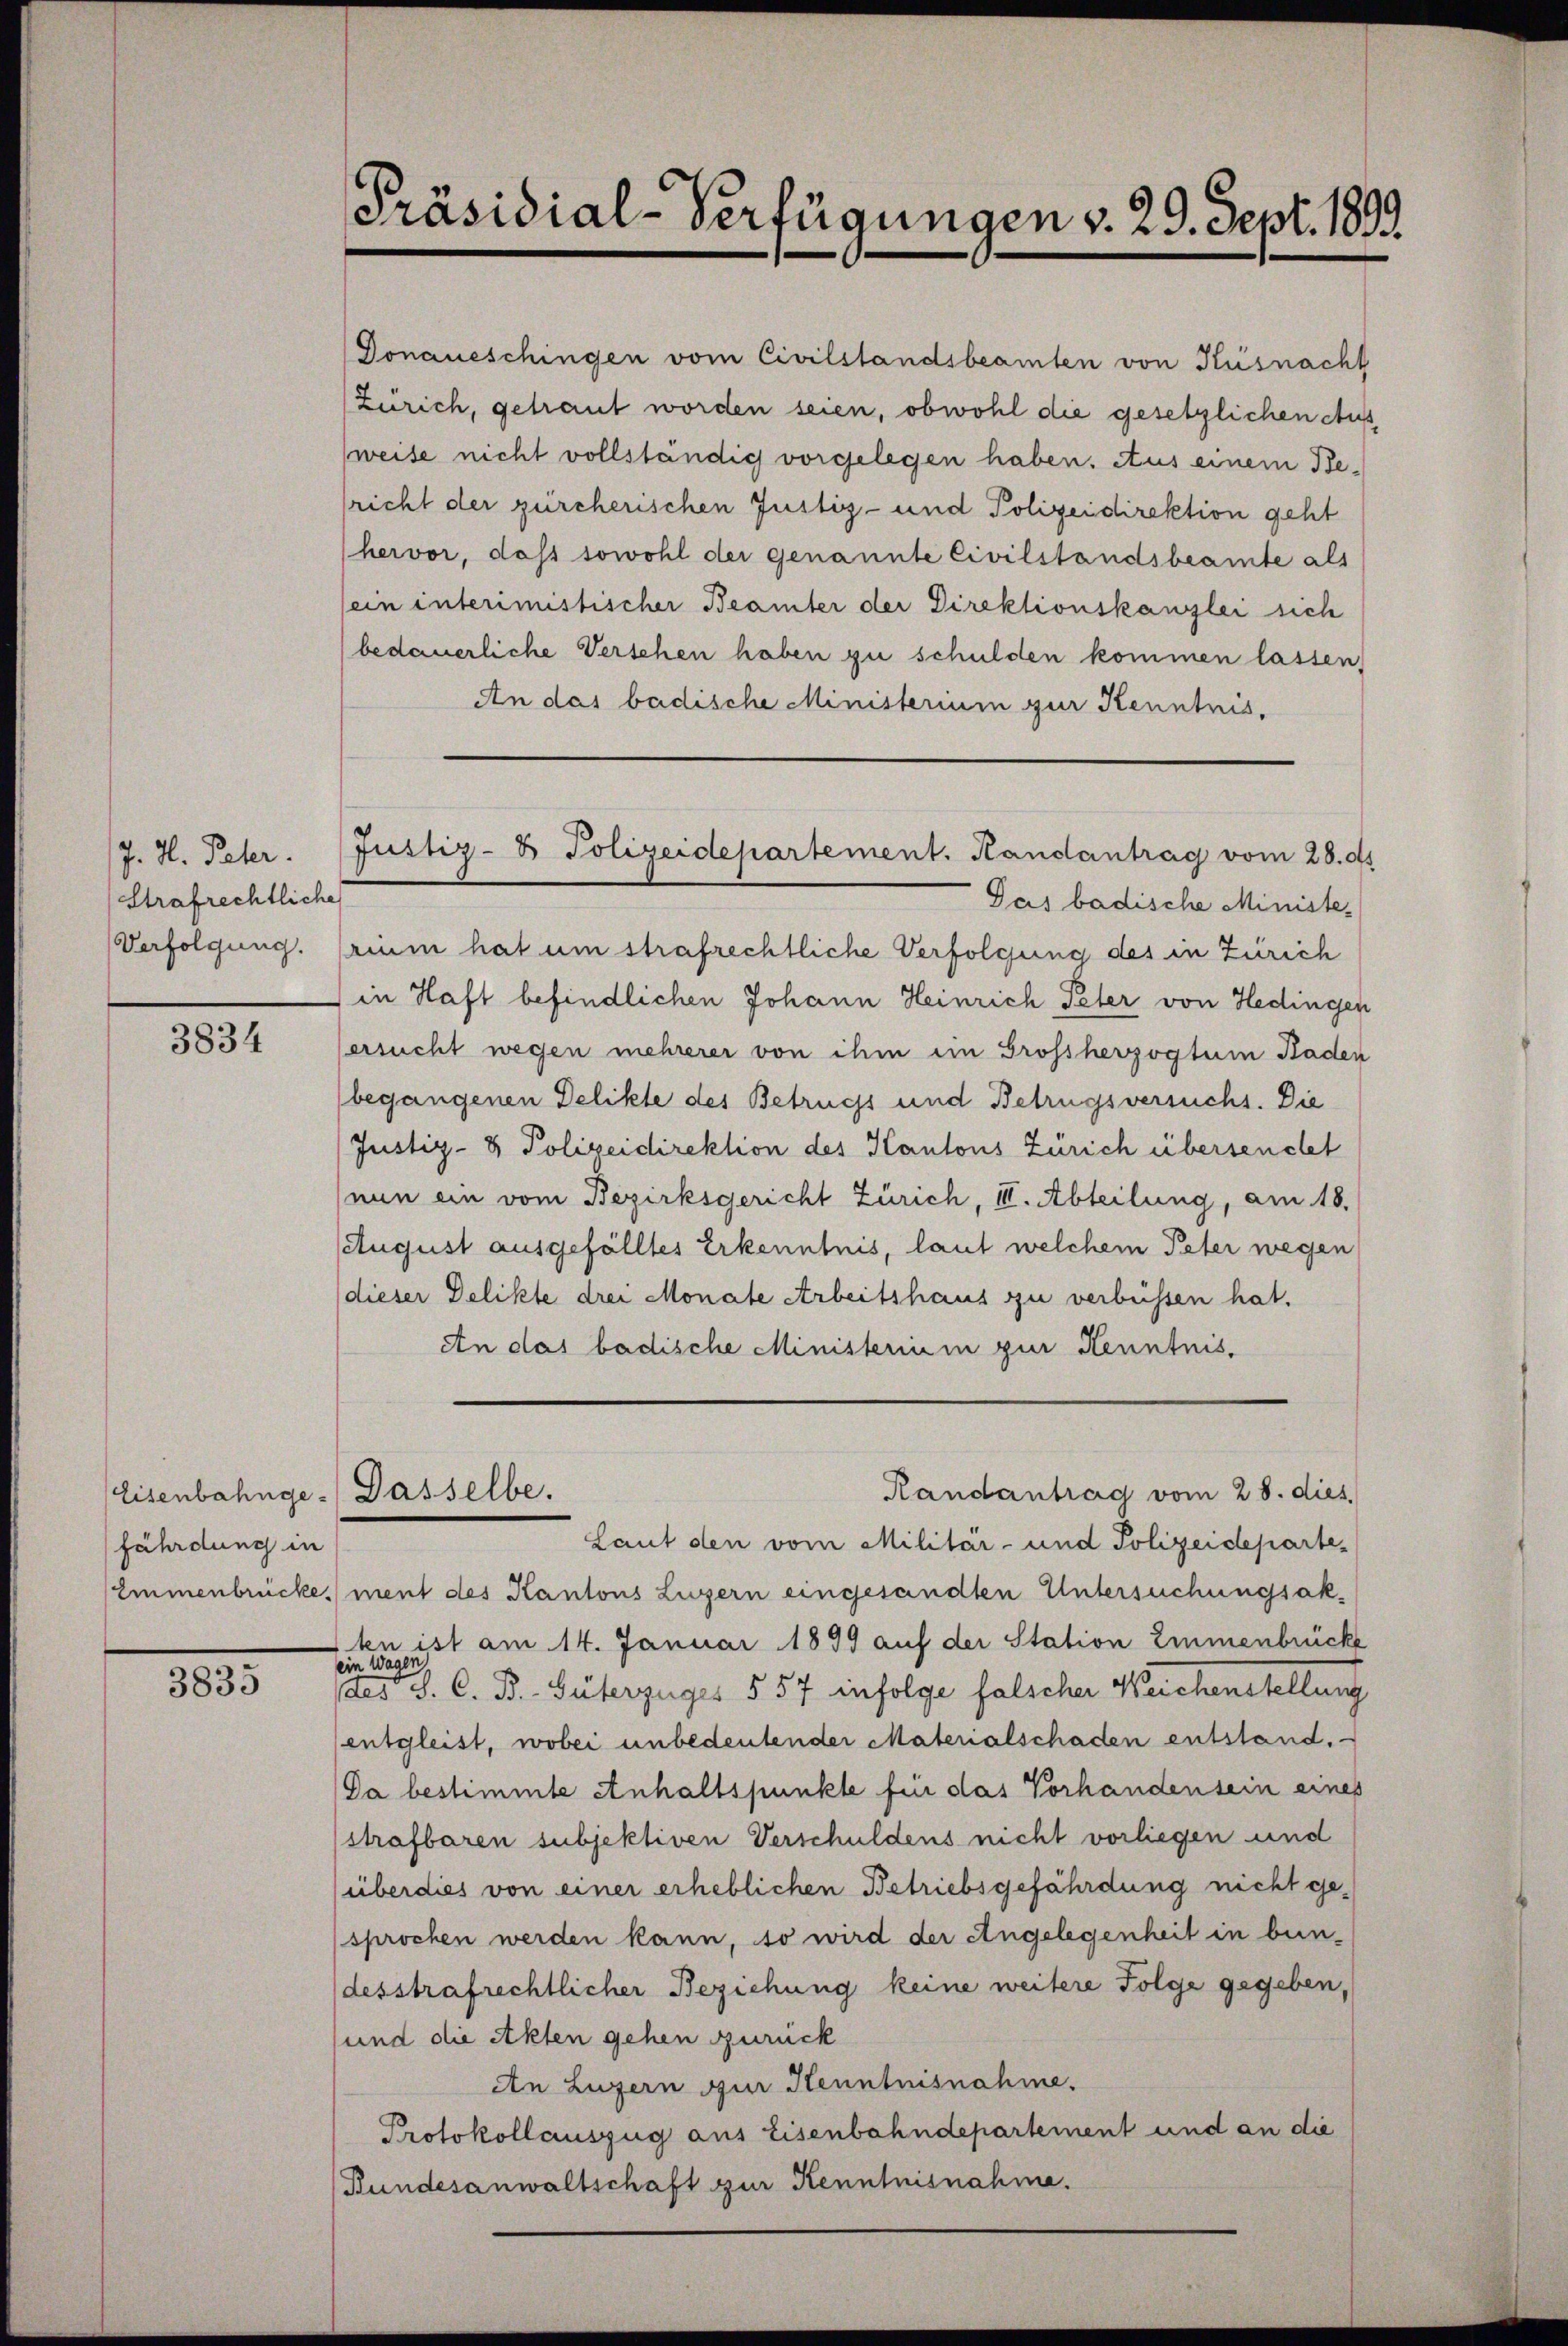
J. H. Pater.
Strafrechtliche
Verfolgung.

3834

fährdung in

3835

Präsidial-Verfügungen v. 29. Sept. 1899

Eisenbahnge- Dasselbe.

Donaueschingen vom Civilstandsbeamten von Küsnacht
Zürich, getraut worden seien, obwohl die gesetzlichen Ausweise nicht vollständig vorgelegen haben. Aus einem Be¬
(richt der zürcherischen Justiz- und Polizeidirektion geht
hervor, dass sowohl der genannte Civilstandsbeamte als
sein interimistischer Beamter der Direktionskanzlei sich
bedauerliche Versehen haben zu schulden kommen lassen,
An das badische Ministerium zur Kenntnis,
Das badische Ministerium hat um strafrechtliche Verfolgung des in Zürich
in Haft befindlichen Johann Heinrich Peter von Hedingen
ersucht wegen mehrerer von ihm im Grossherzogtum Baden
begangenen Delikte des Betrugs und Betrugsversucht. Die
Justiz- & Polizeidirektion des Kantons Zürich überseucht
(nun ein vom Bezirksgericht Zürich, III. Abteilung, am 18.
August ausgefälltes Erkenntnis, laut welchem Peter wegen
dieser Delikte drei Monate Arbeitshaus zu verbüssen hat.
An das badische Ministerium zur Kenntnis.

Justiz- & Polizeidepartement. Handantrag vom 28. ds

Laut den vom Militär- und Polizeideparte¬
Emmenbrücke ment des Kantons Luzern eingesandten Untersuchungsakten ist am 14. Januar 1899 auf der Station Emmenbrücke
ein Wagen)
des J. C. B. Güterzuges § 57 infolge falscher Weichenstellung
entgleist, wobei unbedeutender Materialschaden entstand.
Da bestimmte Anhaltspunkte für das Vorhanden sein eines
strafbaren subjektiven Verschuldens nicht vorliegen und
überdies von einer erheblichen Betriebsgefährdung nicht gesprochen werden kann, so wird der Angelegenheit in bun-
desstrafrechtlicher Beziehung keine weitere Folge gegeben,
und die Akten gehen zurück
An Luzern zur Henntnisnahme.
Protokollauszug aus Eisenbahndepartement und an die
Bundesanwaltschaft zur Kenntnisnahme.

Randantrag vom 28. dies